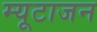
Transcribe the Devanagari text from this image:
म्यूटाजन